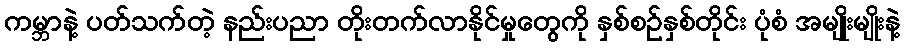
ကမ္ဘာနဲ့ ပတ်သက်တဲ့ နည်းပညာ တိုးတက်လာနိုင်မှုတွေကို နှစ်စဉ်နှစ်တိုင်း ပုံစံ အမျိုးမျိုးနဲ့